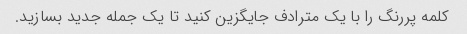
کلمه پررنگ را با یک مترادف جایگزین کنید تا یک جمله جدید بسازید.